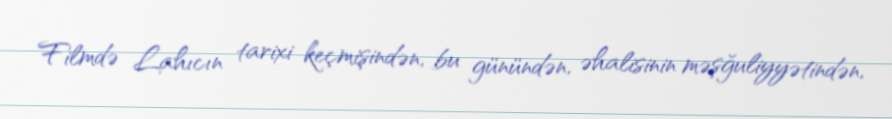
Filmdə Lahıcın tarixi keçmişindən, bu günündən, əhalisinin məşğuliyyətindən,